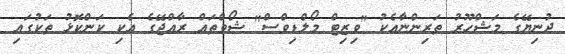
ދުނިޔޭގެ މަޝްހޫރު ތަރިންނާއެކު "ވިޒިޓް މޯލްޑިވްސް" ޝޯވްތައް ރާއްޖޭގެ އެކި ކަންކޮޅު ތަކުގައި